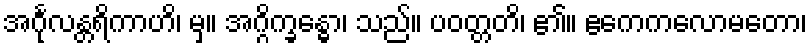
အင်္ဂုလန္တရိကာဟိ၊ မှ။ အဂ္ဂိက္ခန္ဓော၊ သည်။ ပဝတ္တတိ၊ ၏။ ဧကေကလောမတော၊